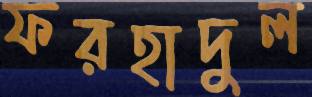
ফরহাদুল